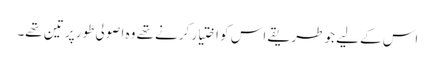
اس کے لیے جو طریقے اس کو اختیار کرنے تھے وہ اصولی طور پر تین تھے۔